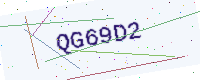
Text: QG69D2